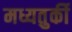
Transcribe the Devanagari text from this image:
मध्यतुर्की